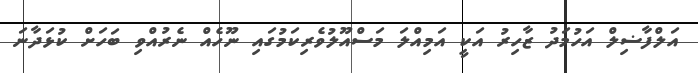
އަލްފާޟިލް އަހުމަދު ޒާހިރު އަކީ އަމިއްލަ މަސްއޫލުވެރިކަމުގައި ނޫހެއް ނެރުއްވި ބަހަށް ކުޅަދާނަ